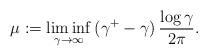
LaTeX: \begin{align*} \mu := \liminf_{\gamma \to \infty} \, (\gamma^+ -\gamma) \, \frac{\log \gamma }{2\pi} . \end{align*}